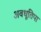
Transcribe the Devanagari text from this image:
अवधूतिपा